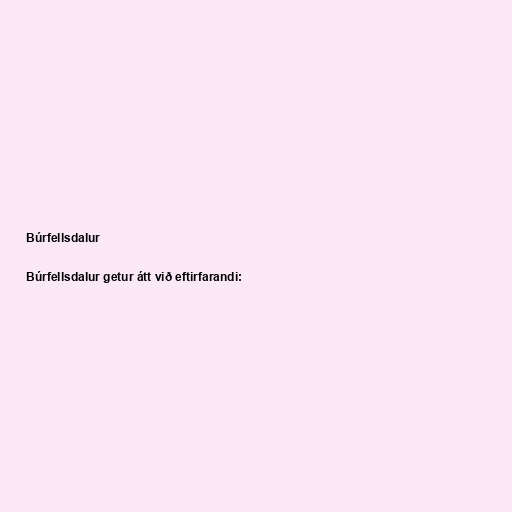
Búrfellsdalur

Búrfellsdalur getur átt við eftirfarandi: